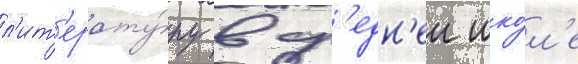
л'ит'ерату́ру в ср'едн'еи шко́л'е